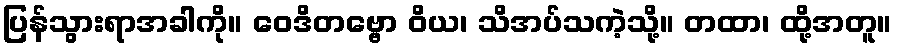
ပြန်သွားရာအခါကို။ ဝေဒိတဗ္ဗော ဝိယ၊ သိအပ်သကဲ့သို့။ တထာ၊ ထို့အတူ။